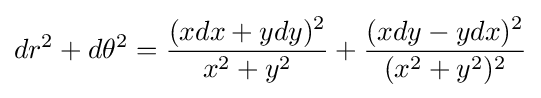
dr^{2}+d\theta ^{2}={\frac {(xdx+ydy)^{2}}{x^{2}+y^{2}}}+{\frac {(xdy-ydx)^{2}}{(x^{2}+y^{2})^{2}}}